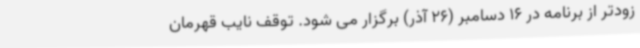
زودتر از برنامه در 16 دسامبر (26 آذر) برگزار می شود. توقف نایب قهرمان